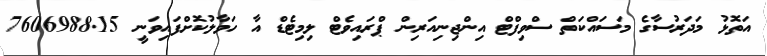
އަތޮޅު މަދަރުސާގެ މަސައްކަތް ސްވިފްޓް އިންޖިނިއަރިން ޕްރައިވެޓް ލިމިޓެޑް އާ ހަވާލުކޮށްފައިވަނީ 7606988.15